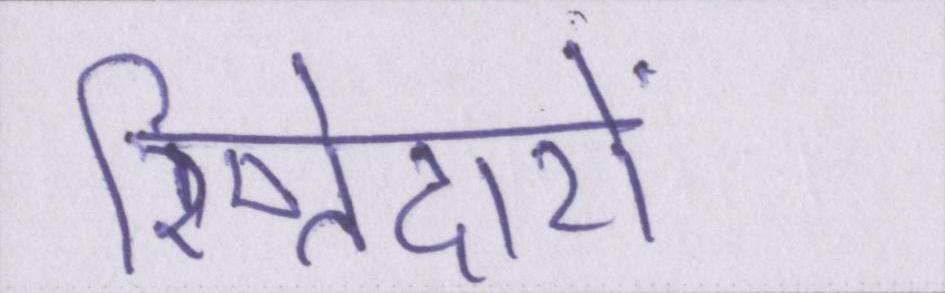
रिष्तेदारों